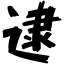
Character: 逮